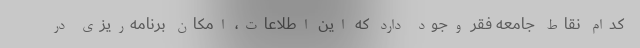
کدام نقاط جامعه فقر وجود دارد که این اطلاعات، امکان برنامه‌ریزی در